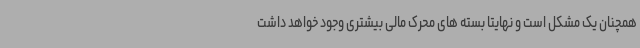
همچنان یک مشکل است و نهایتا بسته های محرک مالی بیشتری وجود خواهد داشت